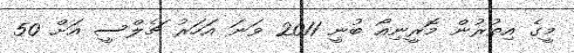
މީގެ އިތުރުން މޮރީނިއޯ ބުނީ 2011 ވަނަ އަހަރު ޗެލްސީ އަށް 50